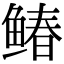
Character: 䲠